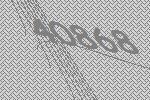
40868